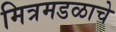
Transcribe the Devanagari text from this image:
मित्रमडळाचे